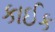
કાઈક